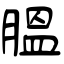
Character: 腽